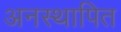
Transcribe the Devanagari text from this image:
अनस्थापित